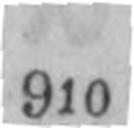
910